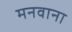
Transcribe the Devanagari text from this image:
मनवाना